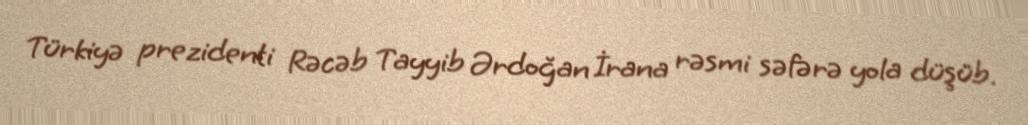
Türkiyə prezidenti Rəcəb Tayyib Ərdoğan İrana rəsmi səfərə yola düşüb.